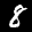
Label: 8